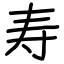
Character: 寿